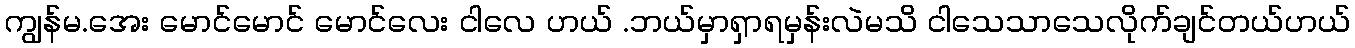
ကျွန်မ.အေး မောင်မောင် မောင်လေး ငါလေ ဟယ် .ဘယ်မှာရှာရမှန်းလဲမသိ ငါသေသာသေလိုက်ချင်တယ်ဟယ်